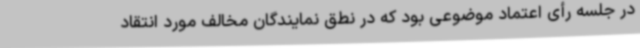
در جلسه رأی اعتماد موضوعی بود که در نطق نمایندگان مخالف مورد انتقاد